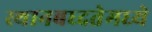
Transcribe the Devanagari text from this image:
स्थानबध्दतेमध्ये